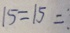
1 5 = 1 5 =